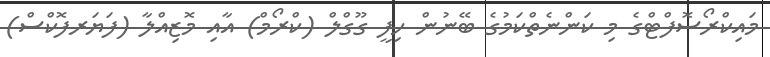
މައިކްރޯސޮފްޓްގެ މި ކަންނެތްކަމުގެ ބޭނުން ހިފީ ގޫގްލް (ކްރޯމް) އާއި މޮޒިއްލާ (ފަޔަރފޮކްސް)